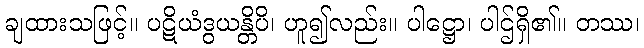
ချထားသဖြင့်။ ပဋိယံဒွယန္တိပိ၊ ဟူ၍လည်း။ ပါဋ္ဌော၊ ပါဌ်ရှိ၏။ တဿ၊